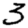
Digit: 3